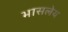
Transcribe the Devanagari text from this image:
भासलेय